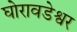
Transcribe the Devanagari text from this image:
घोरावडेश्वर